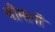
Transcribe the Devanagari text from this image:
श्रीमानों